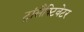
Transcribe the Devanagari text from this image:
ट्रांसैक्टिवेटर